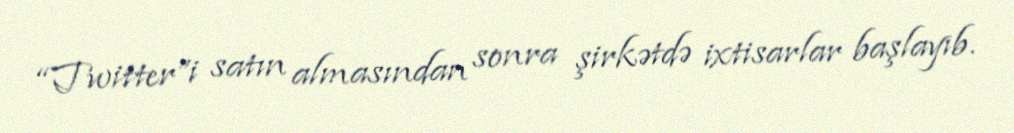
“Twitter”i satın almasından sonra şirkətdə ixtisarlar başlayıb.